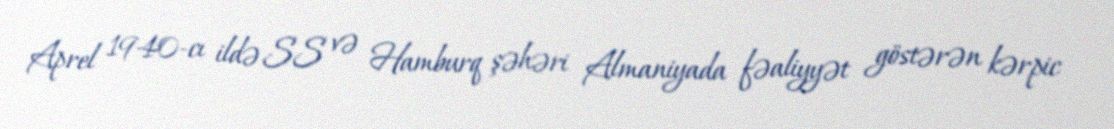
Aprel 1940-cı ildə SS və Hamburq şəhəri Almaniyada fəaliyyət göstərən kərpic